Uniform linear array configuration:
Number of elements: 64
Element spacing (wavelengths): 1
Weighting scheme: binomial
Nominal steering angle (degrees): -45
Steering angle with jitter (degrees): -44.132
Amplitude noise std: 0.05
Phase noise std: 0.05

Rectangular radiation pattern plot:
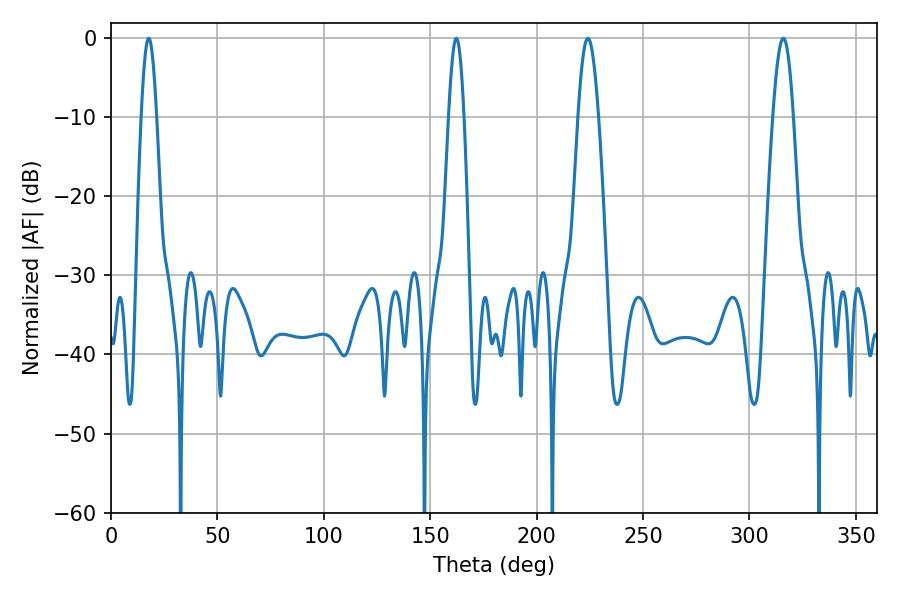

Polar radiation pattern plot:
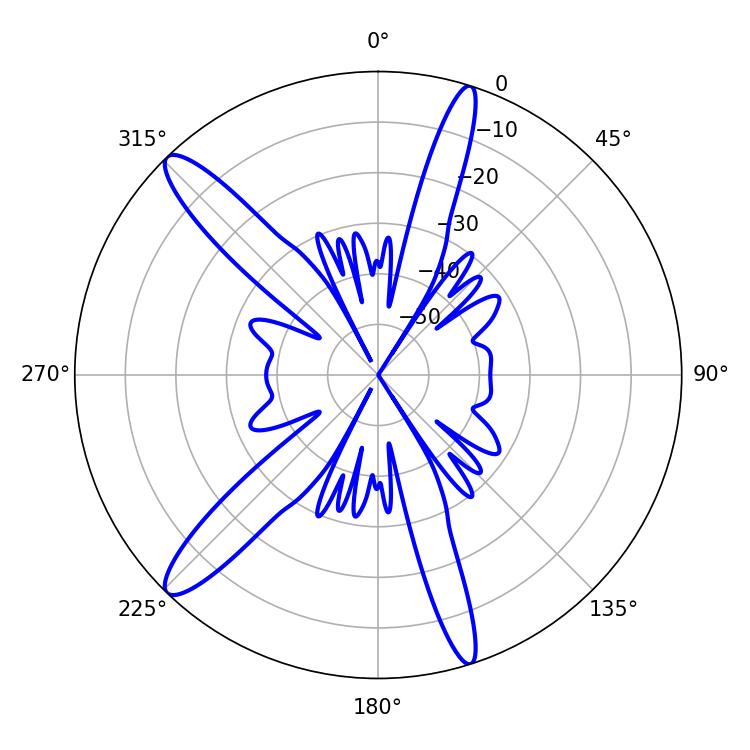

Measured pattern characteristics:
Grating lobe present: TRUE
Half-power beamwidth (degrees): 5.04
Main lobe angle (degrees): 224.1